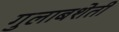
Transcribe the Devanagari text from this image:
गुलाबशेती